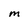
Character: M